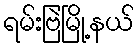
ရမ်းဗြဲမြို့နယ်